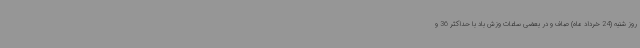
روز شنبه (24 خرداد ماه) صاف و در بعضی ساعات وزش باد با حداکثر 36 و